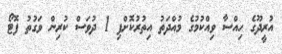
އުރީދޫގެ ހިއްސާ ވިއްކުމުގެ މުއްދަތު އިތުރުކޮށްފި 1 ދުވަސް ކުރިން ވަގުތު ފޮޓޯ